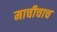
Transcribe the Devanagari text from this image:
माचीचाच